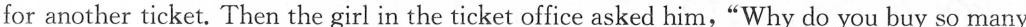
for another ticket. Then the girl in the ticket office asked him, "Why do you buy so many